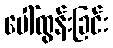
ပေါ်ထွန်းခြင်း